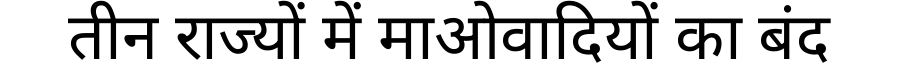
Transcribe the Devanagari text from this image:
तीन राज्यों में माओवादियों का बंद